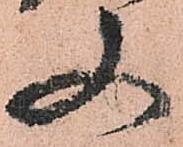
又